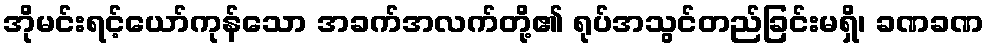
အိုမင်းရင့်ယော်ကုန်သော အခက်အလက်တို့၏ ရုပ်အသွင်တည်ခြင်းမရှိ၊ ခဏခဏ